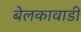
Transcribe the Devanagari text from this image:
बेलकावाडी